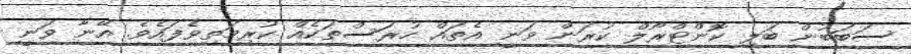
ސަބަބުން ބަލި ކޮންޓްރޯލް ކުރަން ވަނީ އެތައް ހުރަސްތަކެއް ކުރިމަތިވެފައެވެ. އޭނާ ވަނީ